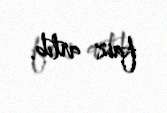
faiz artıb.